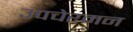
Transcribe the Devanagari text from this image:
उपचेरमन